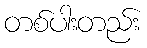
တစ်ပါးတည်း